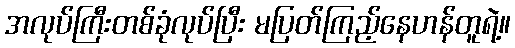
အလုပ်ကြီးတစ်ခုံလုပ်ပြီး မပြတ်ကြည့်နေဟန်တူရဲ့။